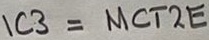
Text: IC3=MCT2E